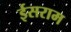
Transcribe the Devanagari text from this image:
ईसराम